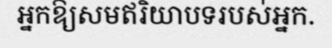
អ្នកឱ្យសមឥរិយាបទរបស់អ្នក.